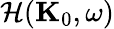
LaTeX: \mathcal{H}(\textbf{{K}}_{0},\omega)